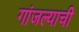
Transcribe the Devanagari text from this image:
गांजल्याची